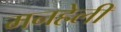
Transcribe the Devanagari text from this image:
मनहेली